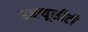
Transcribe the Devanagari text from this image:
डब्ल्यूसीटी